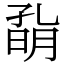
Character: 𡦀